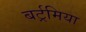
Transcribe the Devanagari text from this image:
बर्ट्रमिया